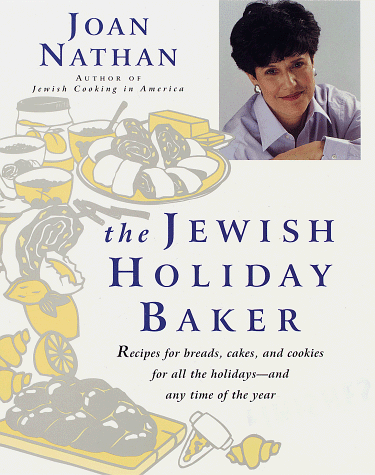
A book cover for The Jewish Holiday Baker: Recipes for Breads, Cakes, and Cookies for All the Holidays and Any Time of the Year; Joan Nathan; Cookbooks, Food & Wine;